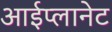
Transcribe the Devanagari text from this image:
आईप्लानेट